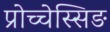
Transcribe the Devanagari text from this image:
प्रोच्चेस्सिङ